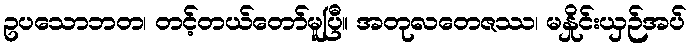
ဥပသောဘတ၊ တင့်တယ်တော်မူပြီ။ အတုလတေဇဿ၊ မနှိုင်းယှဉ်အပ်